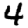
Digit: 4